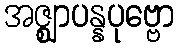
အဇ္ဈာပန္နပုဗ္ဗော